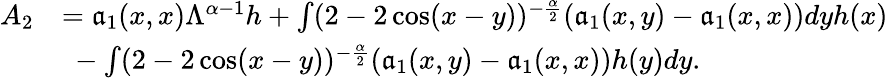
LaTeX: \begin{array}{rl}{A_{2}}&{=\mathfrak{a}_{1}(x,x)\Lambda^{\alpha-1}h+\int(2-2\cos(x-y))^{-\frac{\alpha}{2}}(\mathfrak{a}_{1}(x,y)-\mathfrak{a}_{1}(x,x))dyh(x)}\\ &{\ -\int(2-2\cos(x-y))^{-\frac{\alpha}{2}}(\mathfrak{a}_{1}(x,y)-\mathfrak{a}_{1}(x,x))h(y)dy.}\end{array}